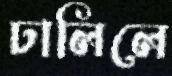
ঢালিলে